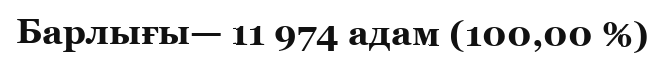
Барлығы— 11 974 адам (100,00 %)